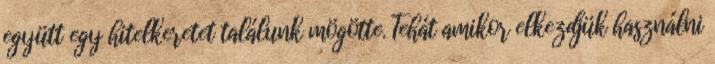
együtt egy hitelkeretet találunk mögötte. Tehát amikor elkezdjük használni